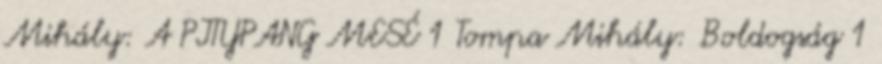
Mihály: A PITYPANG MESÉ 1 Tompa Mihály: Boldogság 1